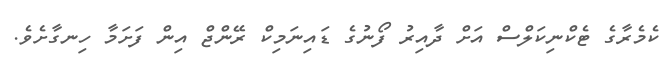
ކެމެރާގެ ޓެކްނިކަލްސް އަށް ދާއިރު ފޯނުގެ ޑައިނަމިކް ރޭންޖް އިން ފަށަމާ ހިނގާށެވެ.